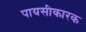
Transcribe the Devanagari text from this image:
पायसीकारक